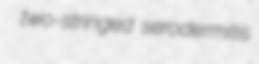
two-stringed serodermitis